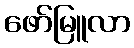
ဖော်မြူလာ